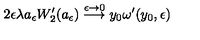
2 \epsilon \lambda a _ { \epsilon } W _ { 2 } ^ { \prime } ( a _ { \epsilon } ) \stackrel { \epsilon \to 0 } { \longrightarrow } y _ { 0 } \omega ^ { \prime } ( y _ { 0 } , \epsilon )